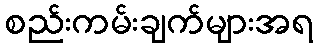
စည်းကမ်းချက်များအရ